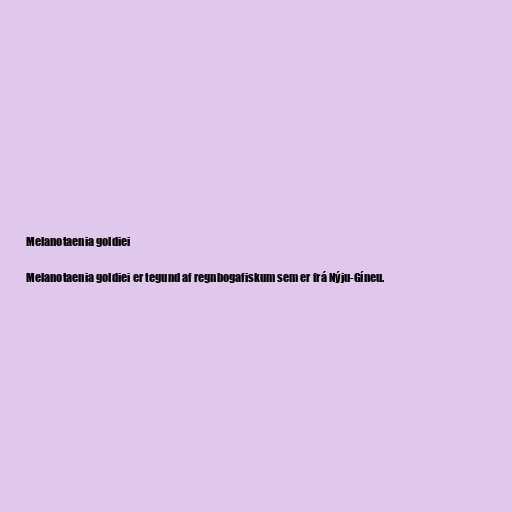
Melanotaenia goldiei

Melanotaenia goldiei er tegund af regnbogafiskum sem er frá Nýju-Gíneu.